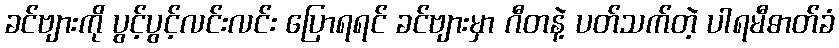
ခင်ဗျားကို ပွင့်ပွင့်လင်းလင်း ပြောရရင် ခင်ဗျားမှာ ဂီတနဲ့ ပတ်သက်တဲ့ ပါရမီဓာတ်ခံ